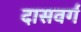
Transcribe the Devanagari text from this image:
दासवर्ग